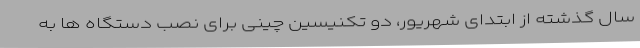
سال گذشته از ابتدای شهریور، دو تکنیسین چینی برای نصب دستگاه ها به